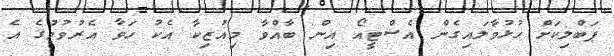
ޕަބްލިކަށް ހުޅުވާލައިގެން އެސްޓީއޯ އިން ބާއްވާ މިއުޒިކާ އެކު ހަވާ އެރުވުމުގެ އެ